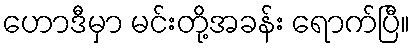
ဟောဒီမှာ မင်းတို့အခန်း ရောက်ပြီ။